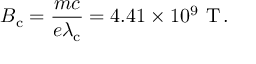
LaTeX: B _ { \mathrm { c } } = { \frac { m c } { e \lambda _ { \mathrm { c } } } } = 4 . 4 1 \times 1 0 ^ { 9 } { \mathrm { ~ T } } \, .